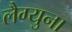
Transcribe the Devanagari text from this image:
लैग्युना